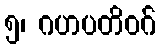
၅၊ ဂဟပတိဝဂ်